Problem: 6 × 5 = ?
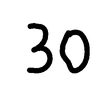
Handwritten answer: 30